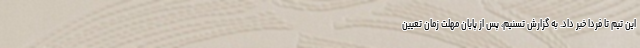
این تیم تا فردا خبر داد. به گزارش تسنیم، پس از پایان مهلت زمان تعیین